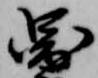
図